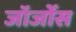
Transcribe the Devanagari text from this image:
जॉर्जोस